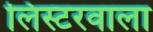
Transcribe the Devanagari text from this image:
लिस्टरवाला